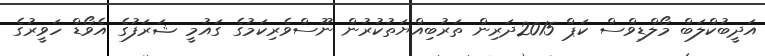
އަދީބުކްލަބް މޯލްޑިވްސް ކަޕް 2015ދަރިން ތަރުބިއްޔަތުކުރުން ނޫސްވެރިކަމުގެ ގައުމީ ޝަރަފުގެ އެވޯޑް ހަވީރުގެ